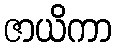
ဇာယိကာ